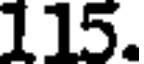
115.